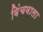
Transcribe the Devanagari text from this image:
विंचवाला